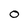
Character: O